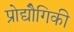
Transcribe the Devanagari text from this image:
प्रोद्यौेगिकी